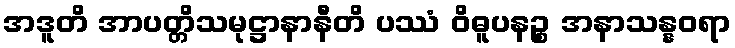
အဒူတိ အာပတ္တိသမုဋ္ဌာနာနီတိ ပဿံ ဝိဓူပနဉ္စ အနာသန္နဝရာ